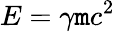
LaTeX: E=\gamma\mathtt{m}c^{2}